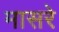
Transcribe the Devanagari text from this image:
मासरे